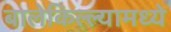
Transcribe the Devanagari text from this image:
बालेकिल्ल्यामध्ये